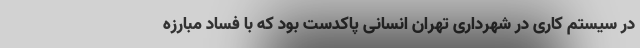
در سیستم کاری در شهرداری تهران انسانی پاکدست بود که با فساد مبارزه